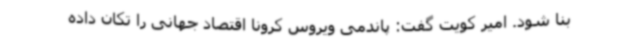
بنا شود. امیر کویت گفت: پاندمی ویروس کرونا اقتصاد جهانی را تکان داده